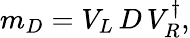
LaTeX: m_{D}=V_{L}\, D\, V_{R}^{\dagger},